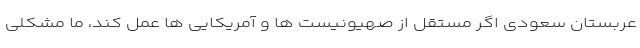
عربستان سعودی اگر مستقل از صهیونیست ها و آمریکایی ها عمل کند، ما مشکلی